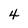
Character: 4